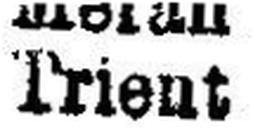
Trient